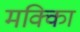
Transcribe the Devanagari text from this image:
मक्काि